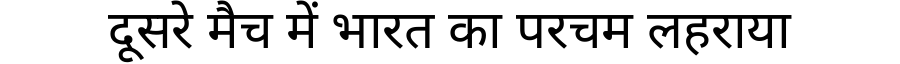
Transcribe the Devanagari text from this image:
दूसरे मैच में भारत का परचम लहराया